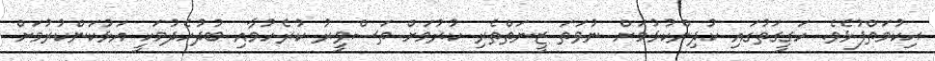
ޙިކުމަތްފުޅެވެ. ހަގީގަތުގައި ކުދިންކުޅުމަށް ނުވަތަ ޒީނަތްތެރި ކުރުމަށް ތަސްވީރު ކުރެހުމާއި ބުދުހެދުމަކީ އަޅުކަންކުރުމަށް